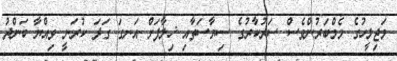
މަޖިލީހުގެ މެމްބަރުންވެސް ސަރުކާރުގެ ސިޔާސަތާއި ޚިލާފަށް އަނގަ ގަދަ ކުރަނީ ވިއްޔާ ބަންދު